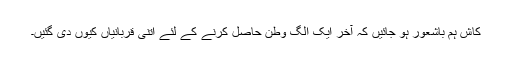
کاش ہم باشعور ہو جائیں کہ آخر ایک الگ وطن حاصل کرنے کے لئے اتنی قربانیاں کیوں دی گئیں۔